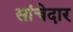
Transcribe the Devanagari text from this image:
सांचेदार